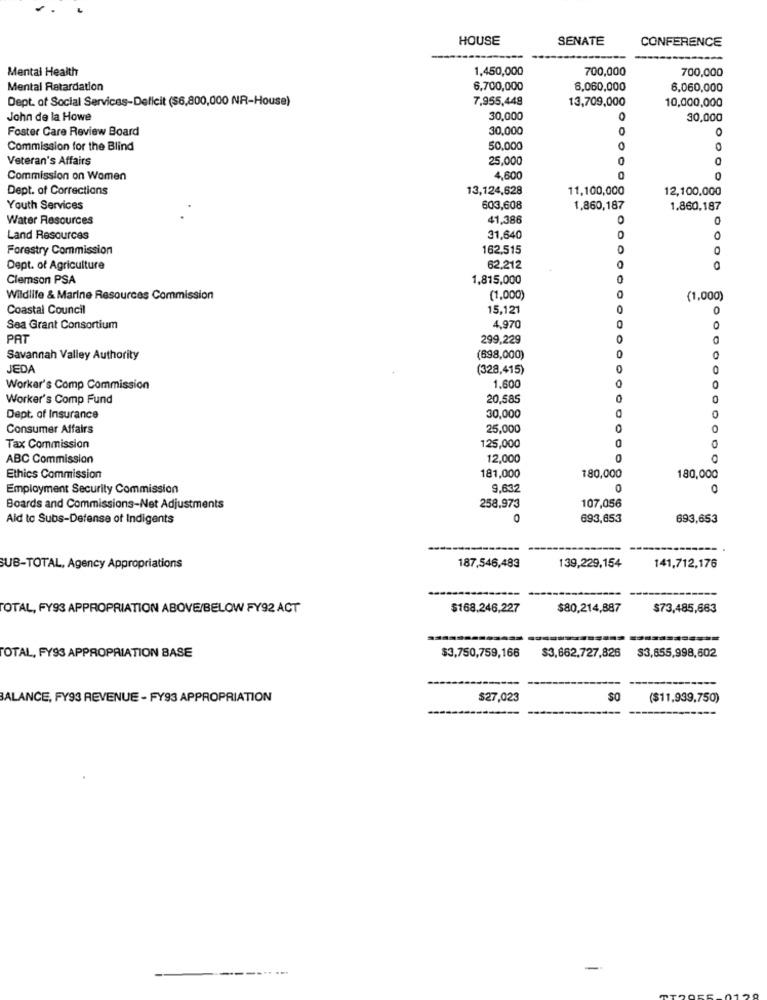
HOUSE
SENATE
CONFERENCE
Mental Health
1,450,000
700,000
700,000
Mental Retardation
6,700,000
6,060,000
6,060,000
Dept. of Social Services-Deficit ($6,800,000 NR-House)
7,955,448
13,709,000
10,000,000
John de la Howe
30,000
30,000
Foster Care Review Board
30,000
Commission for the Blind
50,000
0
Veteran's Affairs
25,000
Commission on Women
4,60
Dept. of Corrections
13,124,628
11,100,000
12,100,000
Youth Services
603,608
1,860,187
1.860,187
Water Resources
41,386
O
Land Resources
31,640
0
Forestry Commission
162,515
O
0
Dept. of Agriculture
62.212
Clemson PSA
1,815,000
Wildlife & Marine Resources Commission
(1,000)
(1,000)
Coastal Council
15,121
Sea Grant Consortium
4,970
PAT
299,229
Savannah Valley Authority
(698,000)
JEDA
(328,415)
Worker's Comp Commission
1,600
Worker's Comp Fund
20,585
0
Dept. of Insurance
30,000
Consumer Affairs
25,000
0
125,000
0
Tax Commission
ABC Commission
12,000
O
Ethics Commission
181,000
180,000
180,000
Employment Security Commission
9,632
O
0
Boards and Commissions-Net Adjustments
258.973
107,056
Aid to Subs-Defense of Indigents
0
693,653
693,653
SUB-TOTAL, Agency Appropriations
187,546,483
139,229,154
141,712,176
TOTAL, FY93 APPROPRIATION ABOVE/BELOW FY92 ACT
$168.246,227
$80,214,887
$73,485,663
$3,750,759,166
TOTAL, FY93 APPROPRIATION BASE
$3,662,727,826 $3,655,998,602
BALANCE, FY93 REVENUE - FY93 APPROPRIATION
$27,023
SO
($11,939,750)
----------
-